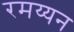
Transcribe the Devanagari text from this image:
रमय्यन